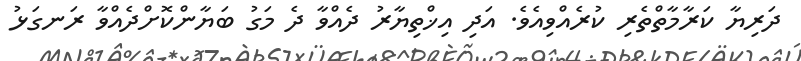
ދަރިޔާ ކަރާމާތްތެރި ކުރެއްވިއެވެ. އަދި އިޚްތިޔާރު ދެއްވާ ދެ މަގު ބަޔާންކޮށްދެއްވާ ރަނގަޅު